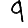
Digit: 9